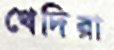
খেদিরা